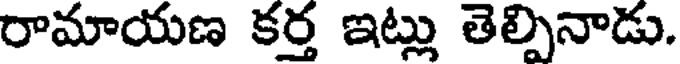
రామాయణ కర్త ఇట్లు తెల్పినాడు.